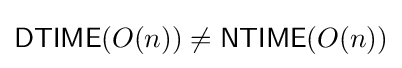
{\mathsf {DTIME}}(O(n))\neq {\mathsf {NTIME}}(O(n))